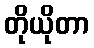
တိုယိုတာ